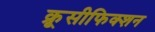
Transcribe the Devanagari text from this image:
क्रूसीफिक्शन